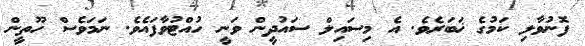
ފޮނުވާލި ކަމުގެ ޚަބަރެވެ. އެ މިސައިލް ސައުދީން ވަނީ ހުއްޓުވާފައެވެ. ނަމަވެސް ހޫތީން